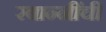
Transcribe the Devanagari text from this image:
रबान्नींची